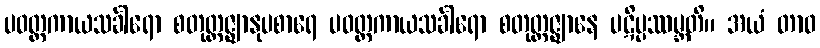
ပဝတ္တကာယသင်္ခါရော စတုတ္ထဇ္ဈာနုပစာရေ ပဝတ္တကာယသင်္ခါရော စတုတ္ထဇ္ဈာနေ ပဋိပ္ပဿမ္ဘတိ။ အယံ တာဝ